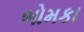
ભોમકા